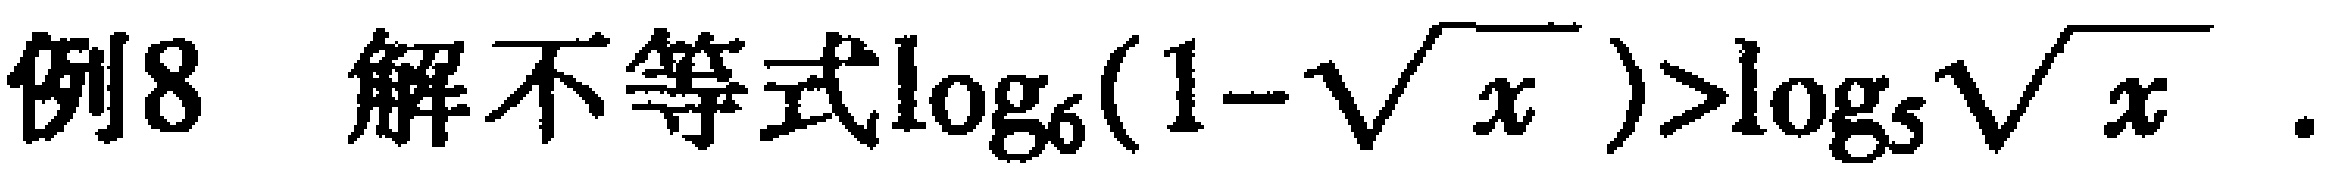
例8 解不等式\(\log_{6}(1 - \sqrt{x})>\log_{6}\sqrt{x}\)